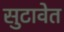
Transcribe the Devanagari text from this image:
सुटावेत